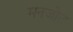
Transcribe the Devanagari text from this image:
मनजोत